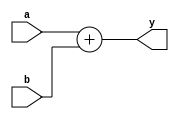
// This program was cloned from: https://github.com/NYU-MLDA/OpenABC
// License: BSD 3-Clause "New" or "Revised" License

module adder (input [31:0] a, b,
              output [31:0] y);
   
   assign y = a + b;
   
endmodule